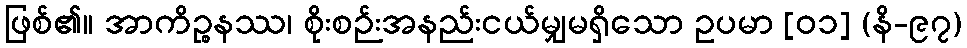
ဖြစ်၏။ အာကိဉ္စနဿ၊ စိုးစဉ်းအနည်းငယ်မျှမရှိသော ဥပမာ [၀၁] (နိ-၉၇)